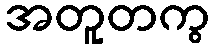
အတူတကွ